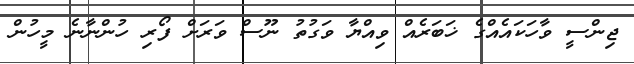
ޖިންސީ ވާހަކައެއްގެ ޚަބަރެއް ވިއްޔާ ވަގުތު ނޫސް ވަރަށް ފޯރި ހުންނާނެ މީހުން